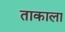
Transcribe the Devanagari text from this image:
ताकाला